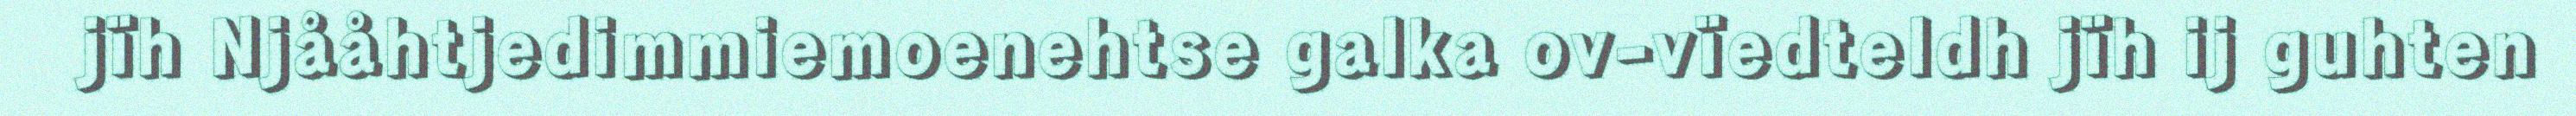
jïh Njååhtjedimmiemoenehtse galka ov-vïedteldh jïh ij guhten